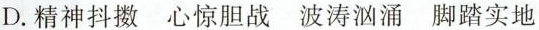
D.精神抖擞 心惊胆战 波涛汹涌 脚踏实地